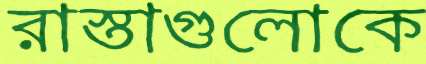
রাস্তাগুলোকে